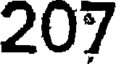
207